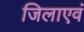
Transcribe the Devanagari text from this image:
जिलाएवं